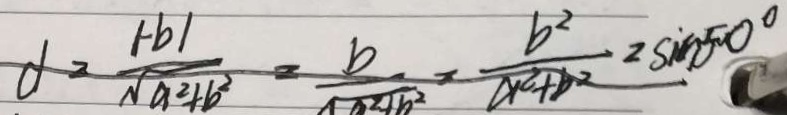
d = \frac { \vert - b \vert } { \sqrt { a ^ { 2 } + b ^ { 2 } } } = \frac { b } { \sqrt { a ^ { 2 } + b ^ { 2 } } } - \frac { b ^ { 2 } } { a ^ { 2 } + b ^ { 2 } } = \sin 5 0 ^ { \circ }